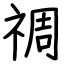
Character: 禂